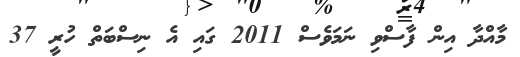
މާއްދާ އިން ފާސްވި ނަމަވެސް 2011 ގައި އެ ނިސްބަތް ހުރީ 37